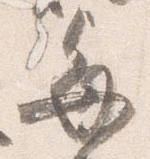
毎